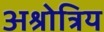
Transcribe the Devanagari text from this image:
अश्रोत्रिय